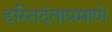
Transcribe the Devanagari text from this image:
हस्तिदंताप्रमाणे